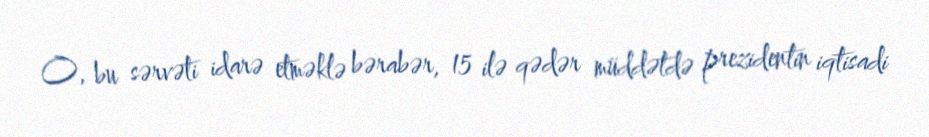
O, bu sərvəti idarə etməklə bərabər, 15 ilə qədər müddətdə prezidentin iqtisadi